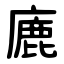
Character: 廘